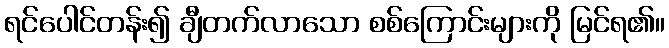
ရင်ပေါင်တန်း၍ ချီတက်လာသော စစ်ကြောင်းများကို မြင်ရ၏။